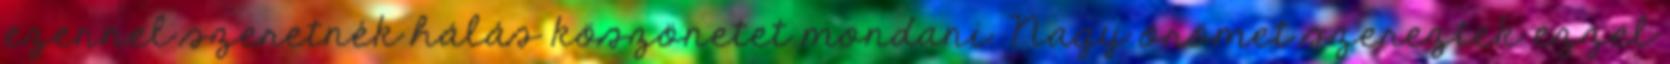
ezennel szeretnék hálás köszönetet mondani. Nagy örömet szereztek ezzel